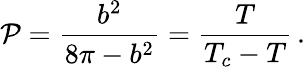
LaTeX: \mathcal{P}=\frac{{b^{2}}}{{8\pi-b^{2}}}=\frac{{T}}{{T_{c}-T}}\, .